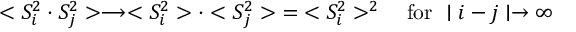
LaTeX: < S _ { i } ^ { 2 } \cdot S _ { j } ^ { 2 } > \longrightarrow < S _ { i } ^ { 2 } > \cdot < S _ { j } ^ { 2 } > \; = \; < S _ { i } ^ { 2 } > ^ { 2 } \quad \mathrm { f o r ~ } \mid i - j \mid \rightarrow \infty